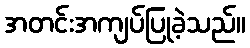
အတင်းအကျပ်ပြုခဲ့သည်။